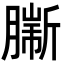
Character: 𦠟